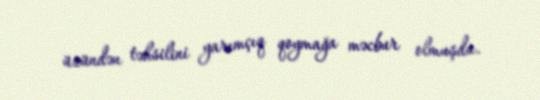
üzündən təhsilini yarımçıq qoymağa məcbur olmuşdu.